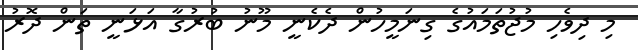
މި ދިވެހި މުޖުތަމައުގެ ގިނަމީހުން ދެކެނީ މޫނު ބުރުގާ އަޅަނީ ތަން ދޮރު